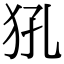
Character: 犼